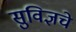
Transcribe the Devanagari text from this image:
सुविज्ञचे